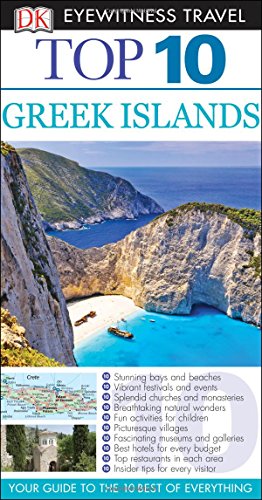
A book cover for Top 10 Greek Islands (Eyewitness Top 10 Travel Guide); DK Publishing; Travel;